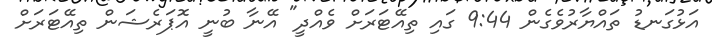
އަޅުގަނޑު ތައްޔާރުވެގެން 9:44 ގައި ތިއޭޓަރަށް ވެއްދީ" އޭނާ ބުނީ އޮޕަރެޝަން ތިއޭޓަރަށް